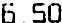
6.50